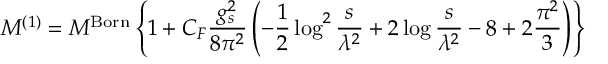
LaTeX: { \cal M } ^ { ( 1 ) } = { \cal M } ^ { \mathrm { B o r n } } \left\{ 1 + C _ { F } \frac { g _ { s } ^ { 2 } } { 8 \pi ^ { 2 } } \left( - \frac { 1 } { 2 } \log ^ { 2 } \frac { s } { \lambda ^ { 2 } } + 2 \log \frac { s } { \lambda ^ { 2 } } - 8 + 2 \frac { \pi ^ { 2 } } { 3 } \right) \right\}